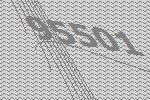
95501